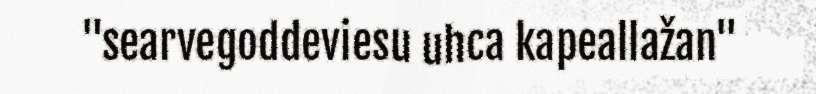
"searvegoddeviesu uhca kapeallažan"